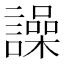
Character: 譟